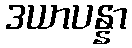
ဒယာပန္နာ